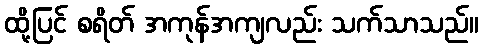
ထို့ပြင် စရိတ် အကုန်အကျလည်း သက်သာသည်။